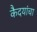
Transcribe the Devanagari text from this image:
कैदयांचा